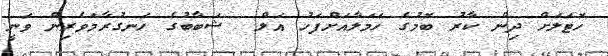
ހޮޓަލަށް ދިން ކާރު ބޮމުގެ ހަމަލާއަށްފަހު އަލް  ޝަބާބުގެ ހަނގުރާމަވެރިން ވަނީ